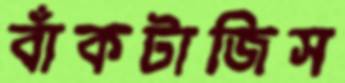
বাঁকটাজিস